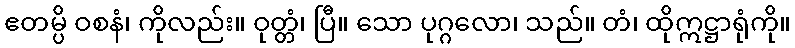
ဧတမ္ပိ ဝစနံ၊ ကိုလည်း။ ဝုတ္တံ၊ ပြီ။ သော ပုဂ္ဂလော၊ သည်။ တံ၊ ထိုဣဋ္ဌာရုံကို။